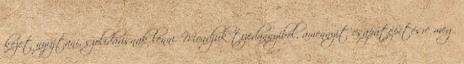
kezet nyújtani, szolidárisnak lenni. Mondjuk tizedannyiból, amennyit csapatépítésre meg